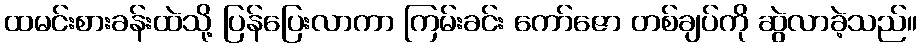
ထမင်းစားခန်းထဲသို့ ပြန်ပြေးလာကာ ကြမ်းခင်း ကော်ဇော တစ်ချပ်ကို ဆွဲလာခဲ့သည်။